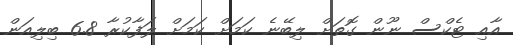
އާއި ޓެކްސް ނޫން ގޮތަށް ލިބޭނެ ކަމަށް ކަމަށް ލަފާކުރާ 6.8 ބިލިއަން